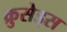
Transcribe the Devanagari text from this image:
क्रुसेड्स